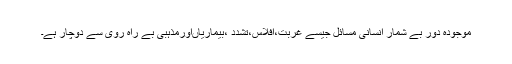
موجودہ دور بے شمار انسانی مسائل جیسے غربت،افلاس،تشدد ،بیماریاںاورمذہبی بے راہ روی سے دوچار ہے۔